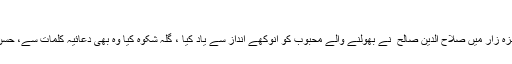
صلاح الدین صالح قطرے سے دجلہ بہاتے ہیں
یاد نہیں کونسا سن تھا کہ چترال کے ایک مقامی ہوٹل کے سبزہ زار میں صلاح الدین صالح ؔ نے بھولنے والے محبوب کو انوکھے انداز سے یاد کیا ، گلہ شکوہ کیا وہ بھی دعائیہ کلمات سے، حسن ادا اتنا بے مثال کہ پوری محفل زعفراں زار ہو کر رہ گئی ۔